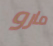
مارو